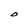
Character: O